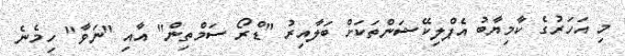
މި އަހަރުގެ ކާމިޔާބު އެޕްލިކޭޝަންތަކަށް ބަލާއިރު "ޑްރޯ ސަމްތިން" އާއި "ނަވާ" ހިމެނެ